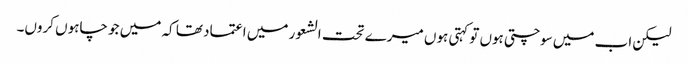
لیکن اب میں سوچتی ہوں تو کہتی ہوں میرے تحت الشعور میں اعتماد تھا کہ میں جو چاہوں کروں۔